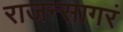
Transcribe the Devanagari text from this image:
राजन्सागरं